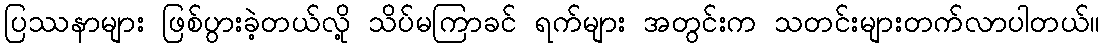
ပြဿနာများ ဖြစ်ပွားခဲ့တယ်လို့ သိပ်မကြာခင် ရက်များ အတွင်းက သတင်းများတက်လာပါတယ်။